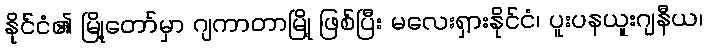
နိုင်ငံ၏ မြို့တော်မှာ ဂျကာတာမြို့ ဖြစ်ပြီး မလေးရှားနိုင်ငံ၊ ပူးပနယူးဂျနီယ၊